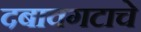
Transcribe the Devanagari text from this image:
दबावगटाचे